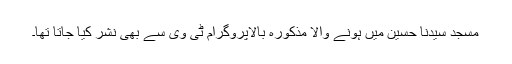
مسجد سیدنا حسین میں ہونے والا مذکورہ بالاپروگرام ٹی وی سے بھی نشر کیا جاتا تھا۔